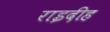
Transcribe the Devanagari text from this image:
राइदीह